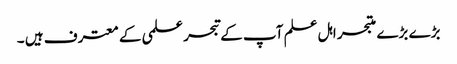
بڑے بڑے متبحر اہل علم آپ کے تبحر علمی کے معترف ہیں ۔